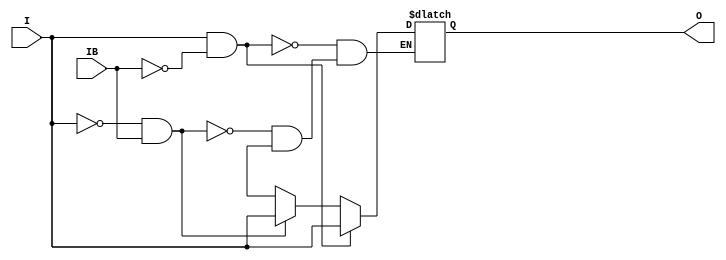
module IBUFDS_LVDSEXT_33_DCI (O, I, IB);

    output O;

    input  I, IB;

    reg o_out;

    buf b_0 (O, o_out);

    always @(I or IB) begin
	if (I == 1'b1 && IB == 1'b0)
	    o_out <= I;
	else if (I == 1'b0 && IB == 1'b1)
	    o_out <= I;
        else if (I == 1'bx || IB == 1'bx)
            o_out <= 1'bx;
    end


endmodule